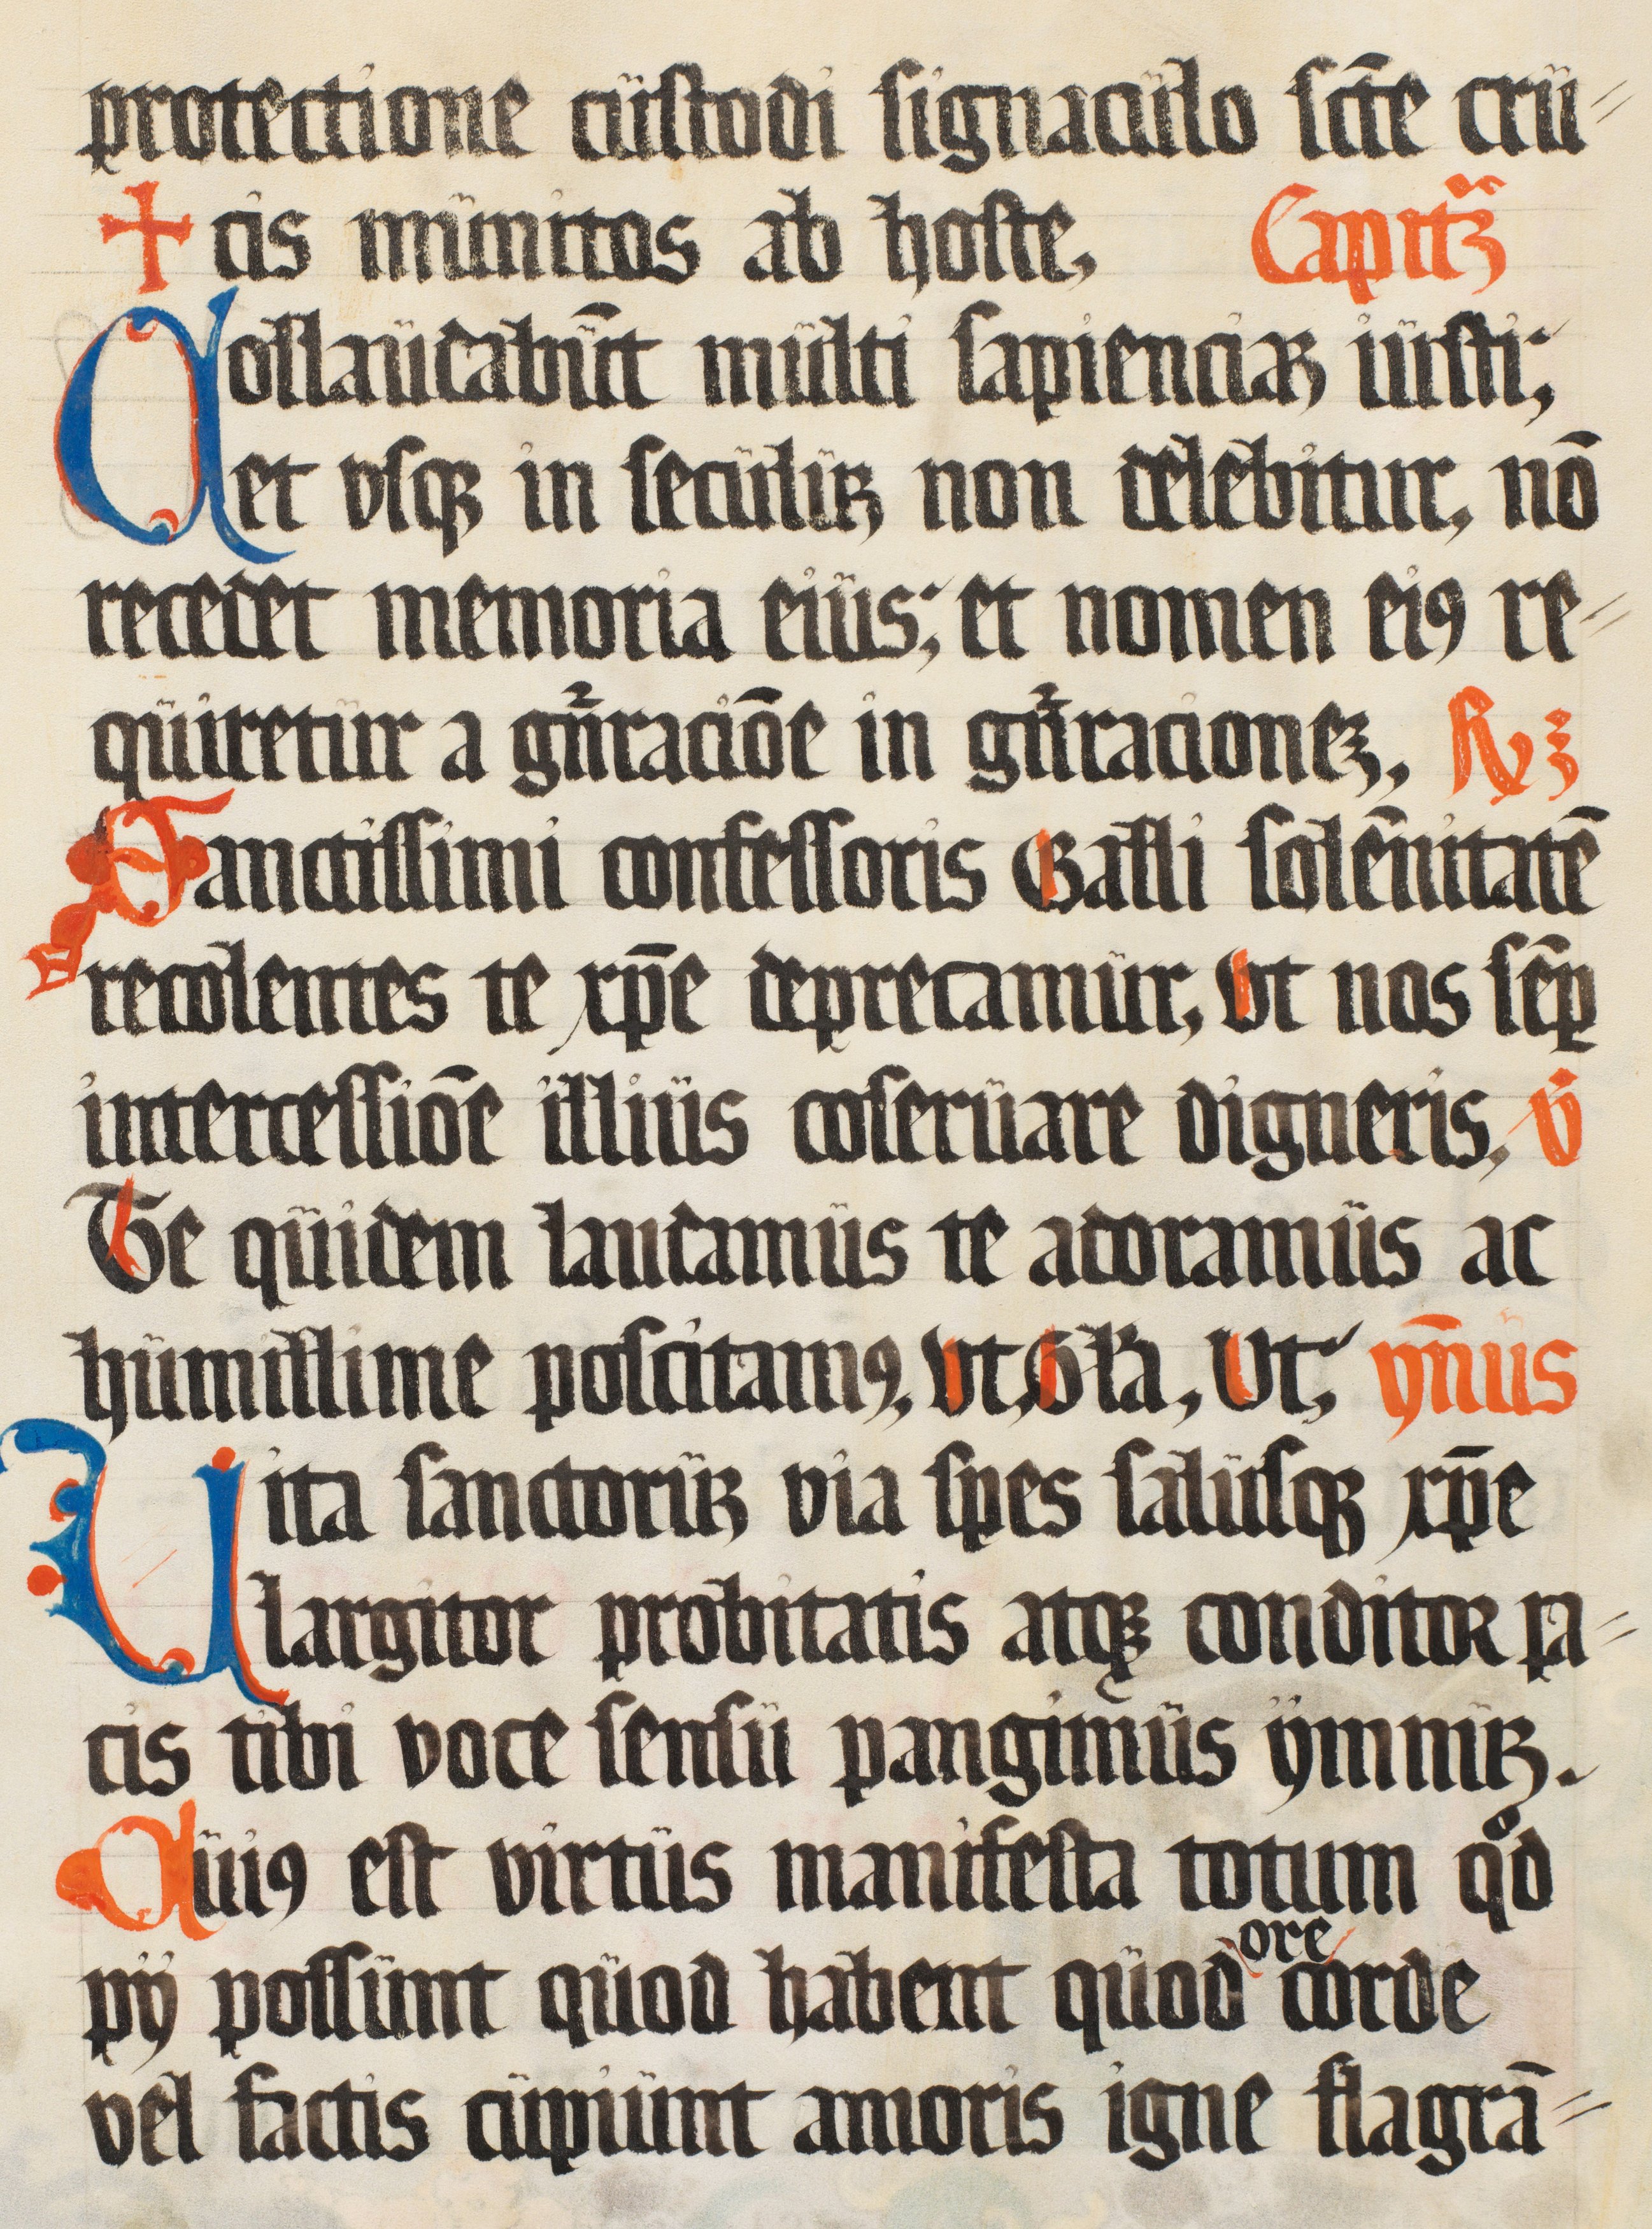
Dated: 1500–1599